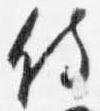
侍